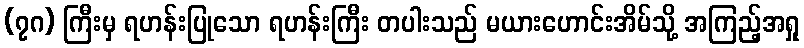
(၇ဂ) ကြီးမှ ရဟန်းပြုသော ရဟန်းကြီး တပါးသည် မယားဟောင်းအိမ်သို့ အကြည့်အရှု